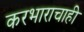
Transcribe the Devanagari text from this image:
करभाराचाही